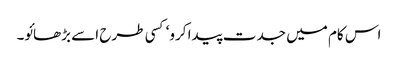
اس کام میں جدت پیدا کرو‘ کسی طرح اسے بڑھائو۔